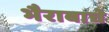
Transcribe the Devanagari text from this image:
भैराबाचे